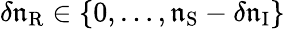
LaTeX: \delta\mathfrak{n}_{\mathrm{{R}}}\in\{ 0,\dots,\mathfrak{n}_{\mathrm{{S}}}-\delta\mathfrak{n}_{\mathrm{{I}}}\}